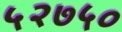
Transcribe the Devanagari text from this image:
५२७५०